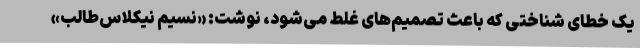
یک خطای شناختی که باعث تصمیم‌های غلط می‌شود، نوشت: «نسیم نیکلاس‌طالب»